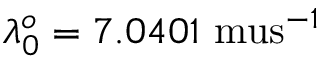
\lambda _ { 0 } ^ { o } = 7 . 0 4 0 1 \mathrm { \ m u s } ^ { - 1 }